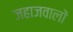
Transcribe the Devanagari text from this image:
जहाजवालों